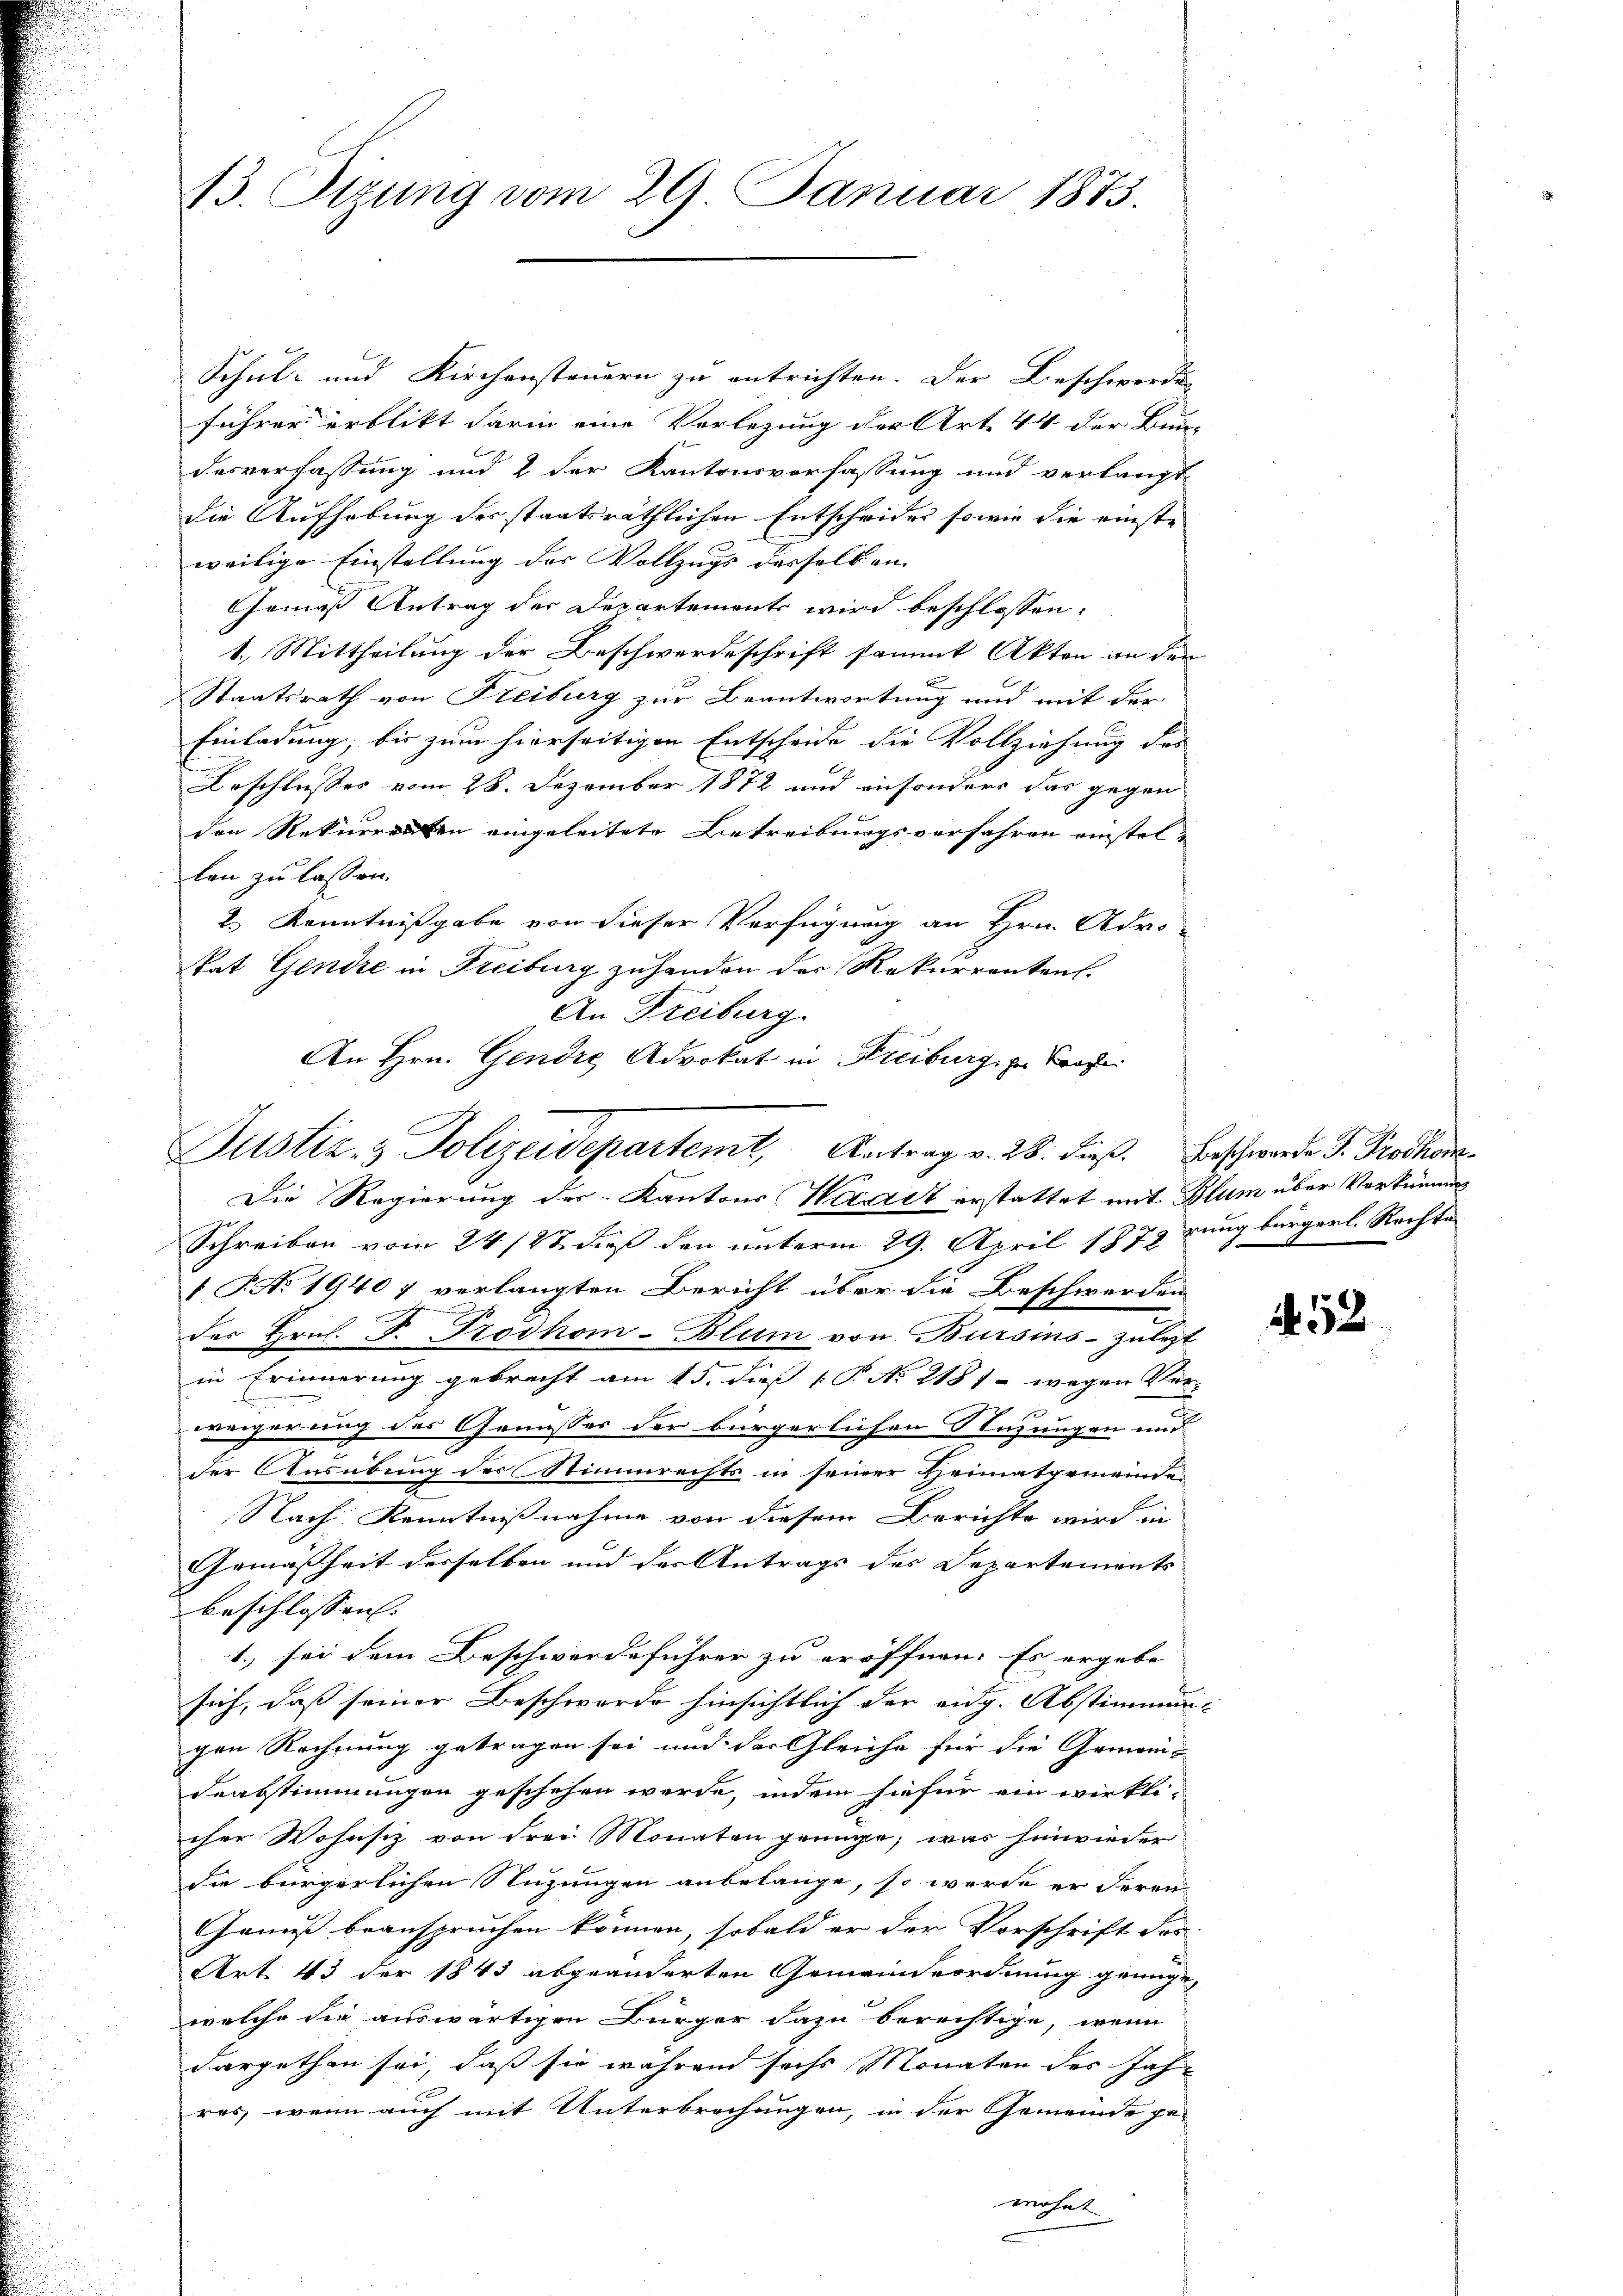
13. Sizung vom 29. Januar 1873.

Schul- und Kirchensteuern zu entrichten. Der Beschwerden
führer erblikt darin eine Verlegung der Art. 44 der Bun-
desverfassung und 2 der Kantonsverfassung und verlangt
die Aufhebung des staatsräthlichen Entscheides sowie die einste
weilige Einstellung der Vollzugs desselben |
Gemäß Antrag der Departements wird beschlossen:
1.) Mittheilung der Beschwerdeschrift sammt Akten an der
Staatsrath von Freiburg zur Beantwortung und mit der
Einladung, bis zum hierseitigen Entscheide die Vollziehung des
Beschlusses vom 28. Dezember 1872 und ansonders das gegen
den Rekurrenten eingeleitete Betreibungsverfahren einstellen zu lassen.
2.) Kenntnißgabe von dieser Verfügung an Hrn. Adro-
tat Gendre in Freiburg zu handen der Rekurrenten.
An Freiburg.
An Hrn. Gendre Advokat in Freiburg zu Troge

Justiz- & Polizeidepartemt, Antrag v. 28. dieß. Beschwerde J. Protkon

Die Regierung des Kantons Waadt erstattet mit Blum über Vorkennung
Schreiben vom 24/22. dieß den unterm 29. April 1878 zung bürgerl. Rechte
1 J. No. 1940 7 verlangten Bericht über die Beschwerden
des Hrn. F. Trodhom-Blum von Bursins - zulezt
in Erinnerung gebracht am 15. dieß P. No 2181- wegen Ver-
weigerung des Genusses der bürgerlichen Tuzungen und
der Ausübung der Stimmrechts in seiner Heimatgemeinde¬
Nach Kenntnißnahme von diesem Berichte wird in
Gemäßheit derselben und des Antrags des Departements
beschlossen. |
1., sei dem Beschwerdeführer zu eröffnen. Es ergebe
sich, daß seiner Beschwerde hinsichtlich der eidg. Abstimmungen Rechnung getragen sei und der Gleiche für die Gemein¬
Deabstimmungen geschehen werde, indem hiefür ein wirkli-
cher Wohnsitz von drei Monaten gründe, was hinwieder
die bürgerlichen Stuzungen anbelange, so werde er deren
Genuß beanspruchen können, sobald er der Vorschrift des
Art. 43 der 1843 abgeänderten Gemeindeordnung genüge,
welche die auswärtigen Bürger dazu berechtige, wenn
dargethan sei, daß sie während sechs Monaten des Jahres, wenn auch mit Unterbrechungen, in der Gemeinde ge-
wohnt

N 52